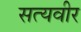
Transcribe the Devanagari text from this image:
सत्यवीर